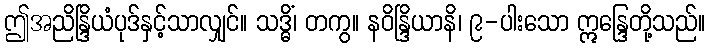
ဤအညိန္ဒြိယံပုဒ်နှင့်သာလျှင်။ သဒ္ဓိံ၊ တကွ။ နဝိန္ဒြိယာနိ၊ ၉-ပါးသော ဣန္ဒြေတို့သည်။